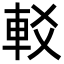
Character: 䡈